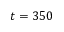
t = 3 5 0